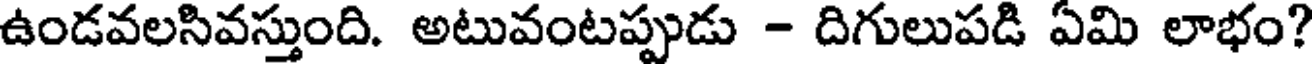
ఉండవలసివస్తుంది. అటువంటప్పుడు - దిగులుపడి ఏమి లాభం?